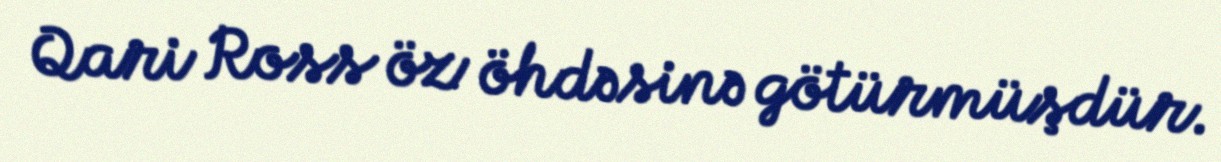
Qari Ross öz öhdəsinə götürmüşdür.